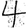
Digit: 4